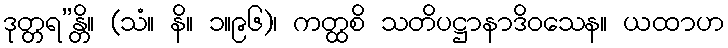
ဒုတ္တရ”န္တိ။ (သံ။ နိ။ ၁။၉၆)၊ ကတ္ထစိ သတိပဋ္ဌာနာဒိဝသေန။ ယထာဟ